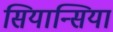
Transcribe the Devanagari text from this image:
सियान्सिया